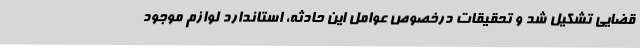
قضایی تشکیل شد و تحقیقات درخصوص عوامل این حادثه، استاندارد لوازم موجود